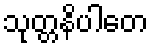
သုတ္တနိပါတေ